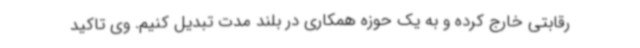
رقابتی خارج کرده و به یک حوزه همکاری در بلند مدت تبدیل کنیم. وی تاکید